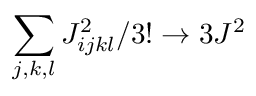
\sum _ { j , k , l } J _ { i j k l } ^ { 2 } / 3 ! \rightarrow 3 J ^ { 2 }